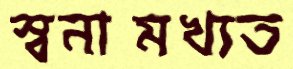
স্বনামখ্যত